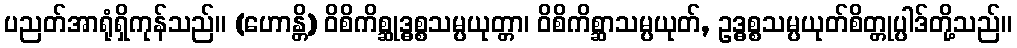
ပညတ်အာရုံရှိကုန်သည်။ (ဟောန္တိ) ဝိစိကိစ္ဆုဒ္ဓစ္စသမ္ပယုတ္တာ၊ ဝိစိကိစ္ဆာသမ္ပယုတ်, ဥဒ္ဓစ္စသမ္ပယုတ်စိတ္တုပ္ပါဒ်တို့သည်။